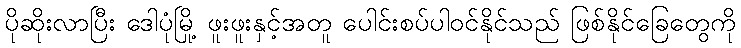
ပိုဆိုးလာပြီး ဒေါပုံမြို့ ဖူးဖူးနှင့်အတူ ပေါင်းစပ်ပါဝင်နိုင်သည် ဖြစ်နိုင်ခြေတွေကို